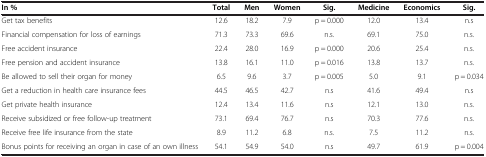
<table><thead><tr><td><b>In %</b></td><td><b>Total</b></td><td><b>Men</b></td><td><b>Women</b></td><td><b>Sig.</b></td><td><b>Medicine</b></td><td><b>Economics</b></td><td><b>Sig.</b></td></tr></thead><tbody><tr><td>Get tax benefits</td><td>12.6</td><td>18.2</td><td>7.9</td><td>p = 0.000</td><td>12.0</td><td>13.4</td><td>n.s</td></tr><tr><td>Financial compensation for loss of earnings</td><td>71.3</td><td>73.3</td><td>69.6</td><td>n.s.</td><td>69.1</td><td>75.0</td><td>n.s.</td></tr><tr><td>Free accident insurance</td><td>22.4</td><td>28.0</td><td>16.9</td><td>p = 0.000</td><td>20.6</td><td>25.4</td><td>n.s.</td></tr><tr><td>Free pension and accident insurance</td><td>13.8</td><td>16.1</td><td>11.0</td><td>p = 0.016</td><td>13.8</td><td>13.7</td><td>n.s.</td></tr><tr><td>Be allowed to sell their organ for money</td><td>6.5</td><td>9.6</td><td>3.7</td><td>p = 0.005</td><td>5.0</td><td>9.1</td><td>p = 0.034</td></tr><tr><td>Get a reduction in health care insurance fees</td><td>44.5</td><td>46.5</td><td>42.7</td><td>n.s</td><td>41.6</td><td>49.4</td><td>n.s</td></tr><tr><td>Get private health insurance</td><td>12.4</td><td>13.4</td><td>11.6</td><td>n.s</td><td>12.1</td><td>13.0</td><td>n.s.</td></tr><tr><td>Receive subsidized or free follow-up treatment</td><td>73.1</td><td>69.4</td><td>76.7</td><td>n.s</td><td>70.3</td><td>77.6</td><td>n.s.</td></tr><tr><td>Receive free life insurance from the state</td><td>8.9</td><td>11.2</td><td>6.8</td><td>n.s.</td><td>7.5</td><td>11.2</td><td>n.s.</td></tr><tr><td>Bonus points for receiving an organ in case of an own illness</td><td>54.1</td><td>54.9</td><td>54.0</td><td>n.s</td><td>49.7</td><td>61.9</td><td>p = 0.004</td></tr></tbody></table>